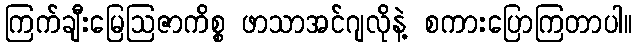
ကြက်ချီးမြေဩဇာကိစ္စ ဖာသာအင်ဂျလိုနဲ့ စကားပြောကြတာပါ။